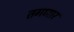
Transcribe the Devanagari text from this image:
तगणार